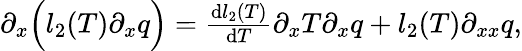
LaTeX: \begin{array}{r}{\partial_{x}\Big(l_{2}(T)\partial_{x}q\Big)=\frac{\textrm{d}l_{2}(T)}{\textrm{d}T}\partial_{x}T\partial_{x}q+l_{2}(T)\partial_{xx}q,}\end{array}